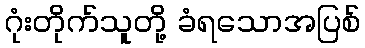
ဂုံးတိုက်သူတို့ ခံရသောအပြစ်